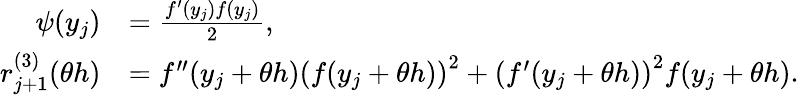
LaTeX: \begin{array}{rl}{\psi(y_{j})}&{=\frac{f^{\prime}(y_{j})f(y_{j})}{2},}\\ {r_{j+1}^{(3)}(\theta h)}&{=f^{\prime\prime}(y_{j}+\theta h)\left(f(y_{j}+\theta h)\right)^{2}+\left(f^{\prime}(y_{j}+\theta h)\right)^{2}f(y_{j}+\theta h).}\end{array}